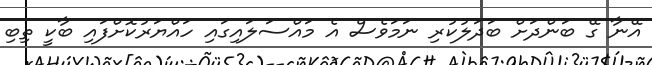
އޭނާ ގޭ ބަންދަށް ބަދަލުކުރި ނަމަވެސް އެ މައްސަލައިގައި ހައްޔަރުކޮށްފައި ބާކީ ތިބި